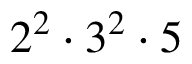
2 ^ { 2 } \cdot 3 ^ { 2 } \cdot 5